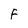
Character: F